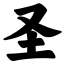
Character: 圣